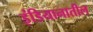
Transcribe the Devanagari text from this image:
इंडियानातील